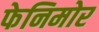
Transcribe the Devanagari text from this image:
फेनिमोर